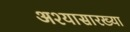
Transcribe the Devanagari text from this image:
अश्यासारख्या